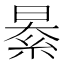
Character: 𦀤